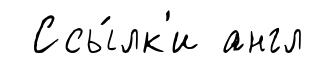
Ссы́лк'и англ